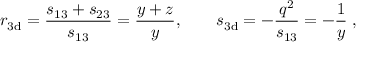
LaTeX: r _ { \mathrm { 3 d } } = \frac { s _ { 1 3 } + s _ { 2 3 } } { s _ { 1 3 } } = \frac { y + z } { y } , \qquad s _ { \mathrm { 3 d } } = - \frac { q ^ { 2 } } { s _ { 1 3 } } = - \frac { 1 } { y } \; ,